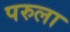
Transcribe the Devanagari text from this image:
परुला